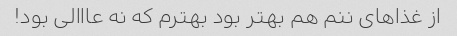
از غذاهای ننم هم بهتر بود بهترم که نه عااالی بود!